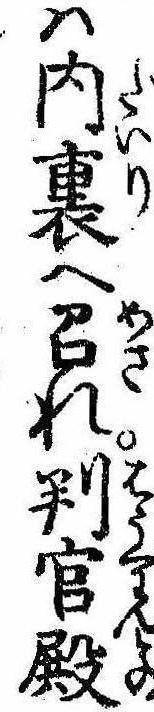
は内裏へ召れ判官殿